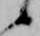
候